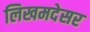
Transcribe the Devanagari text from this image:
लिखमदेसर